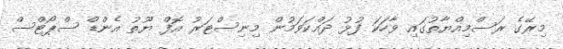
މިރޭގެ ރަސްމިއްޔާތުގައި ވާހަކަ ފުޅު ދައްކަވަމުން މިނިސްޓަރު އޮފް ޔޫތު އެންޑް ސްޕޯޓްސް